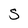
Character: S